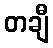
တချီ